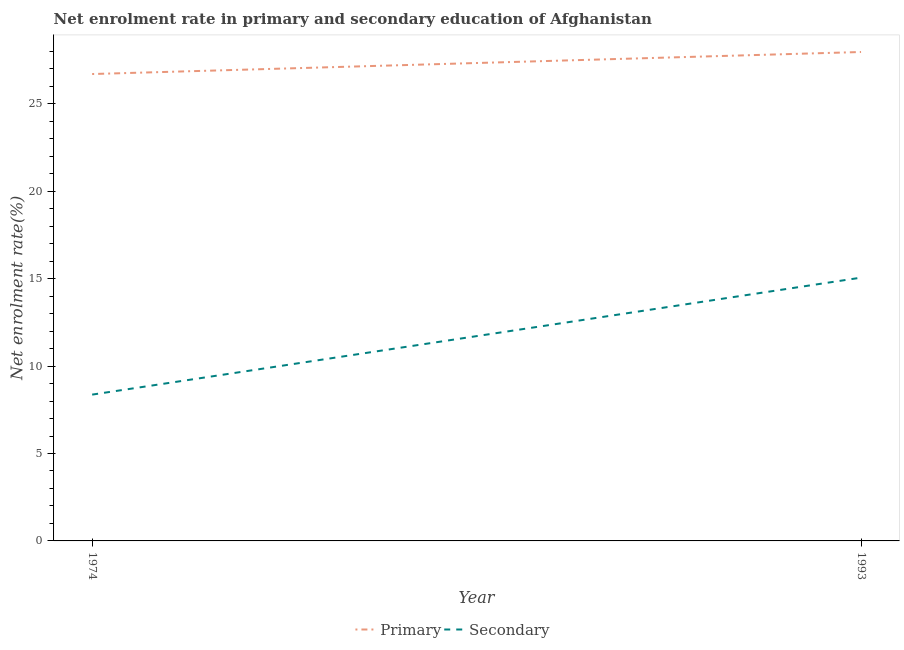
| Year | Primary | Secondary |
 | --- | --- | --- |
 | 1974 | 26.7 | 8.37 |
 | 1993 | 28 | 15.1 |